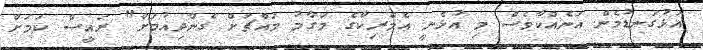
އަޅުގަނޑުމެން އަނެއްކާވެސް މި އުޅެނީ އެމެރިކާގެ މަގާމު މައްޗަށް ގެންދިއުމަށް" ރައީސް ކަމަށް